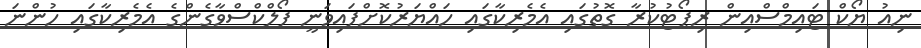
ނިއު ޔޯކް ޓައިމްސްއިން ރިޕޯޓުކުރާ ގޮތުގައި އެމެރިކާގައި ހައްޔަރުކޮށްފައިވަނީ ފޯލްކްސްވާގެންގެ އެމެރިކާގައި ހުންނަ